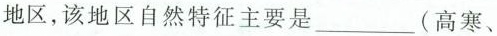
地区，该地区自然特征主要是___(高寒、